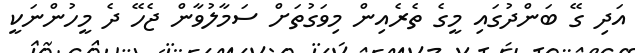
އަދި ގޭ ބަންދުގައި މީގެ ތެރެއިން މިވަގުތަށް ސަމާލުވާން ޖެހޭ ދެ މީހުންނަކީ